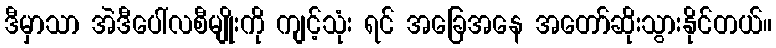
ဒီမှာသာ အဲဒီပေါ်လစီမျိုးကို ကျင့်သုံး ရင် အခြေအနေ အတော်ဆိုးသွားနိုင်တယ်။